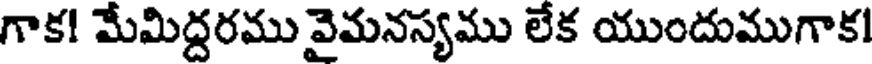
గాక! మేమిద్దరము వైమనస్యము లేక యుందుముగాక!